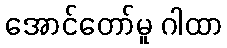
အောင်တော်မူ ဂါထာ